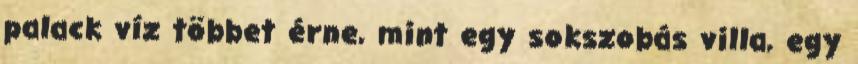
palack víz többet érne, mint egy sokszobás villa, egy